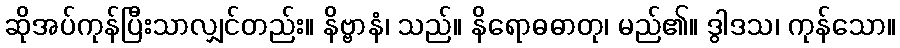
ဆိုအပ်ကုန်ပြီးသာလျှင်တည်း။ နိဗ္ဗာနံ၊ သည်။ နိရောဓဓာတု၊ မည်၏။ ဒွါဒသ၊ ကုန်သော။